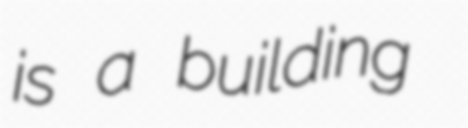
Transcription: is a building